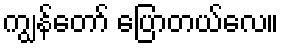
ကျွန်တော် ပြောတယ်လေ။